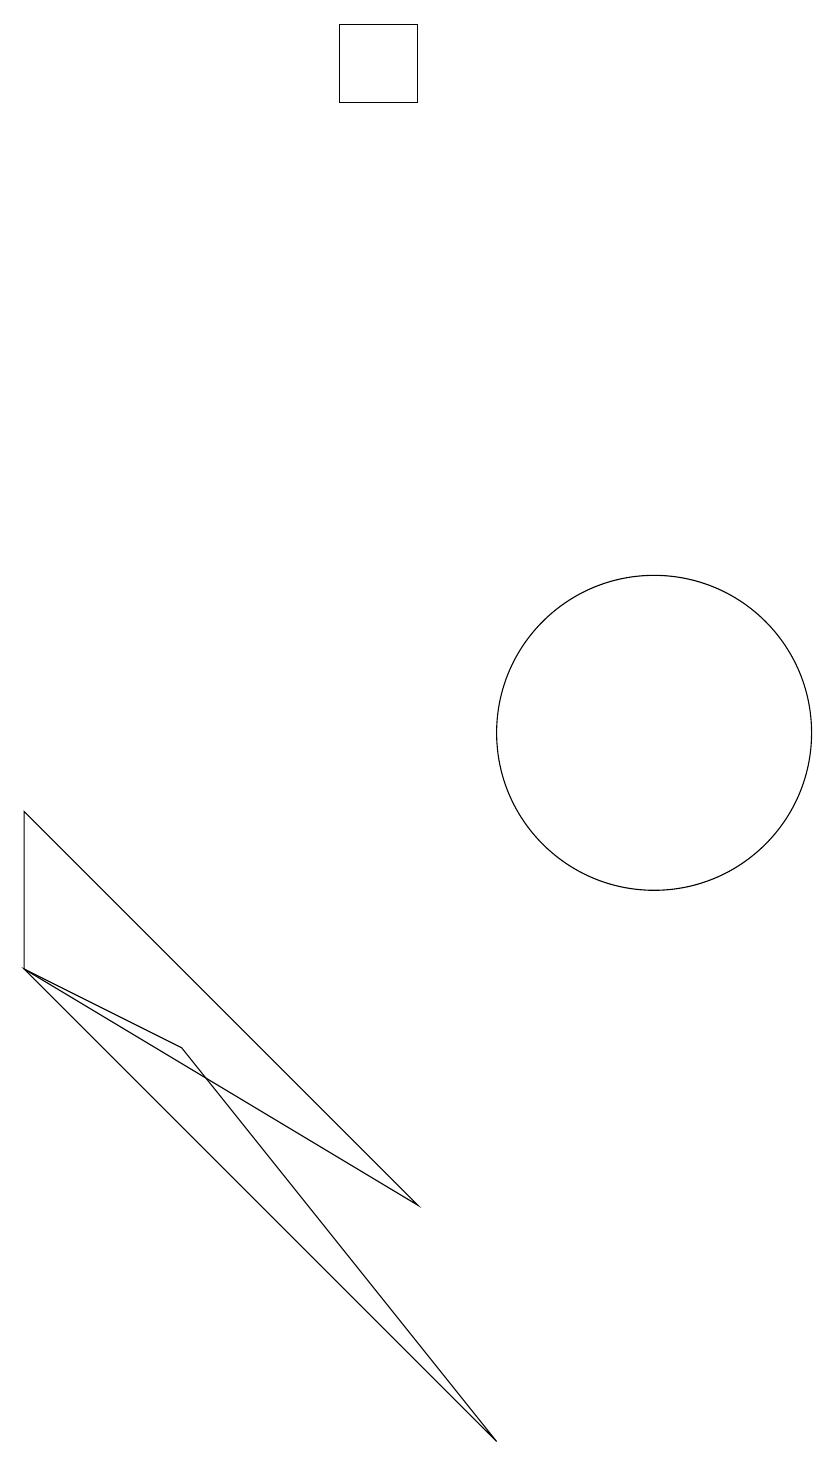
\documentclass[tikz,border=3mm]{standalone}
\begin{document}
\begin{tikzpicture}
\draw (8,1) -- (2,7) -- (4,6) -- cycle;
\draw (10,10) circle (2);
\draw (7,19) rectangle (6,18);
\draw (2,9) -- (2,7) -- (7,4) -- cycle;
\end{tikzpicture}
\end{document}